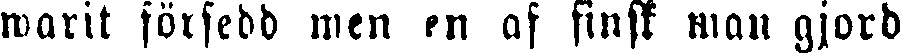
warit fölsedd men en af finsk man gjord